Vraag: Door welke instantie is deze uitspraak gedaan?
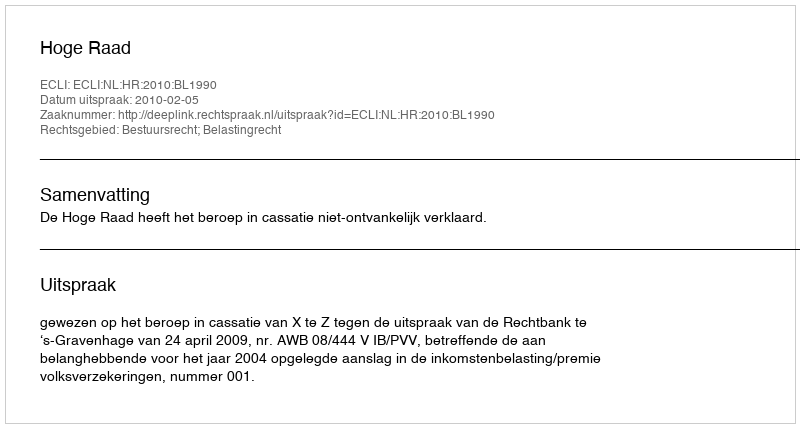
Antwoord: Hoge Raad